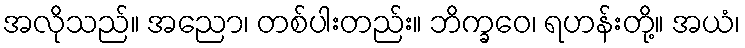
အလိုသည်။ အညော၊ တစ်ပါးတည်း။ ဘိက္ခဝေ၊ ရဟန်းတို့။ အယံ၊